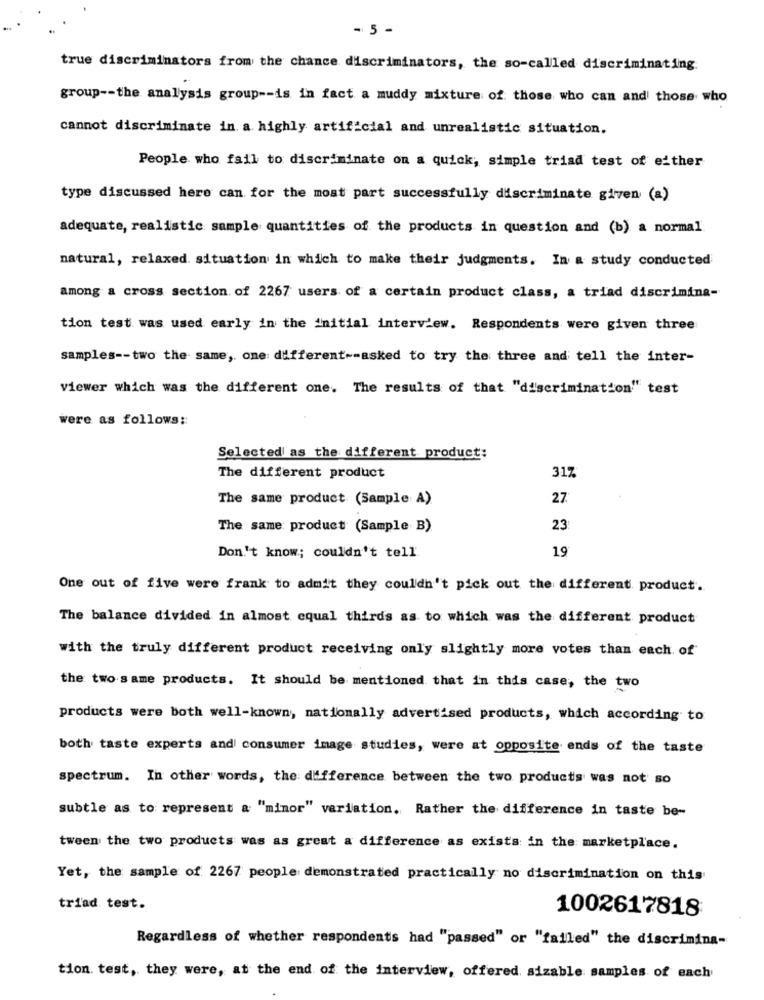
- 5 -
true discriminators from the chance discriminators, the so-called discriminating.
group -- the analysis group -- is in fact a muddy mixture of those who can and those who
cannot discriminate in. a. highly artificial and unrealistic situation.
People who fail to discriminate on a quick, simple triad test of either
type discussed here can for the most part successfully discriminate given (a)
adequate, realistic sample quantities of the products in question and (b) a normal
natural, relaxed. situation in which to make their judgments. In a study conducted
among a cross section of 2267 users of a certain product class, a triad discrimina-
tion test was used early in the initial interview. Respondents were given three
samples -- two the same, one different -- asked to try the three and tell the inter-
viewer which was the different one. The results of that "discrimination" test
were as follows ::
Selected as the different product:
The different product
31%
The same product (Sample A)
27.
The same product (Sample B)
23
19
Don't know; couldn't tell
One out of five were frank to admit they couldn't pick out the different product.
The balance divided in almost equal thirds as to which was the different product
with the truly different product receiving only slightly more votes than each of
the two same products. It should be mentioned that in this case, the two
products were both well-known, nationally advertised products, which according to
both taste experts and consumer image studies, were at opposite ends of the taste
spectrum. In other words, the difference between the two products was not so
subtle as to represent a "minor" variation. Rather the difference in taste be-
tween the two products was as great a difference as exists in the marketplace.
Yet, the sample of 2267 people demonstrated practically no discrimination on this
triad test.
1002617818
Regardless of whether respondents had "passed" or "failed" the discrimina-
tion. test, they were, at the end of the interview, offered sizable samples of each